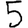
Digit: 5